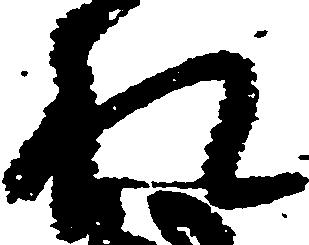
札